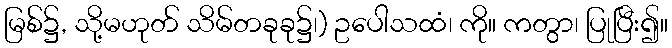
မြစ်၌, သို့မဟုတ် သိမ်တခုခု၌၊) ဥပေါသထံ၊ ကို။ ကတွာ၊ ပြုပြီး၍။